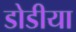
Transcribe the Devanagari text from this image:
डोडीया